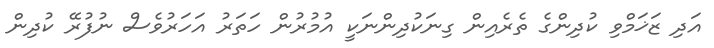
އަދި ޒަޚަމްވި ކުދިންގެ ތެރެއިން ގިނަކުދިންނަކީ އުމުރުން ހަތަރު އަހަރުވެސް ނުފުރޭ ކުދިން